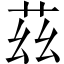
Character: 茲